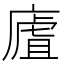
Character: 㢒